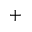
^ { + }